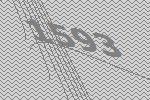
1593